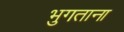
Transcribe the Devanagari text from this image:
भुगताना